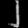
Digit: ၂